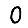
Digit: 0